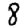
Digit: 8